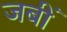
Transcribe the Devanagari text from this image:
जबीं